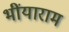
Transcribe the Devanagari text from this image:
भींयाराम